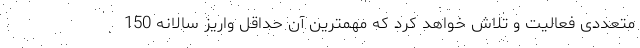
متعددی فعالیت و تلاش خواهد کرد که مهمترین آن حداقل واریز سالانه 150